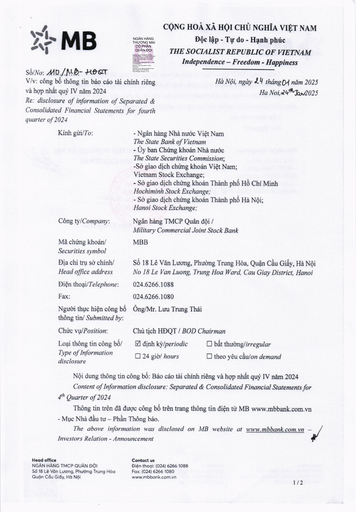
|Kính gửi/To:|- Ngân hàng Nhà nước Việt Nam The State Bank of Vietnam - Ủy ban Chứng khoán Nhà nước The State Securities Commission; -Sở giao dịch chứng khoán Việt Nam; Vietnam Stock Exchange; - Sở giao dịch chứng khoán Thành phố Hồ Chí Minh Hochiminh Stock Exchange; - Sở giao dịch chứng khoán Thành phố Hà Nội; Hanoi Stock Exchange;| |---|---| |Công ty/Company:|Ngân hàng TMCP Quân đội / Military Commercial Joint Stock Bank| |Mã chứng khoán/ Securities symbol|MBB| |Địa chỉ trụ sở chính/ Head office address|Số 18 Lê Văn Lương, Phường Trung Hòa, Quận Cầu Giấy, Hà Nội No 18 Le Van Luong, Trung Hoa Ward, Cau Giay District, Hanoi| |Điện thoại/Telephone:|024.6266.1088| |Fax:|024.6266.1080| |Người thực hiện công bố thông tin/ Submitted by:|Ông/Mr. Lưu Trung Thái| |Chức vụ/Position:|Chủ tịch HĐQT / BOD Chairman| |Loại thông tin công bố/ Type of Information disclosure|NOT_SELECTED, NOT_SELECTED, NOT_SELECTED, SELECTED, định kỳ/periodic bất thường/irregular 24 giờ/ hours theo yêu cầu/on demand|